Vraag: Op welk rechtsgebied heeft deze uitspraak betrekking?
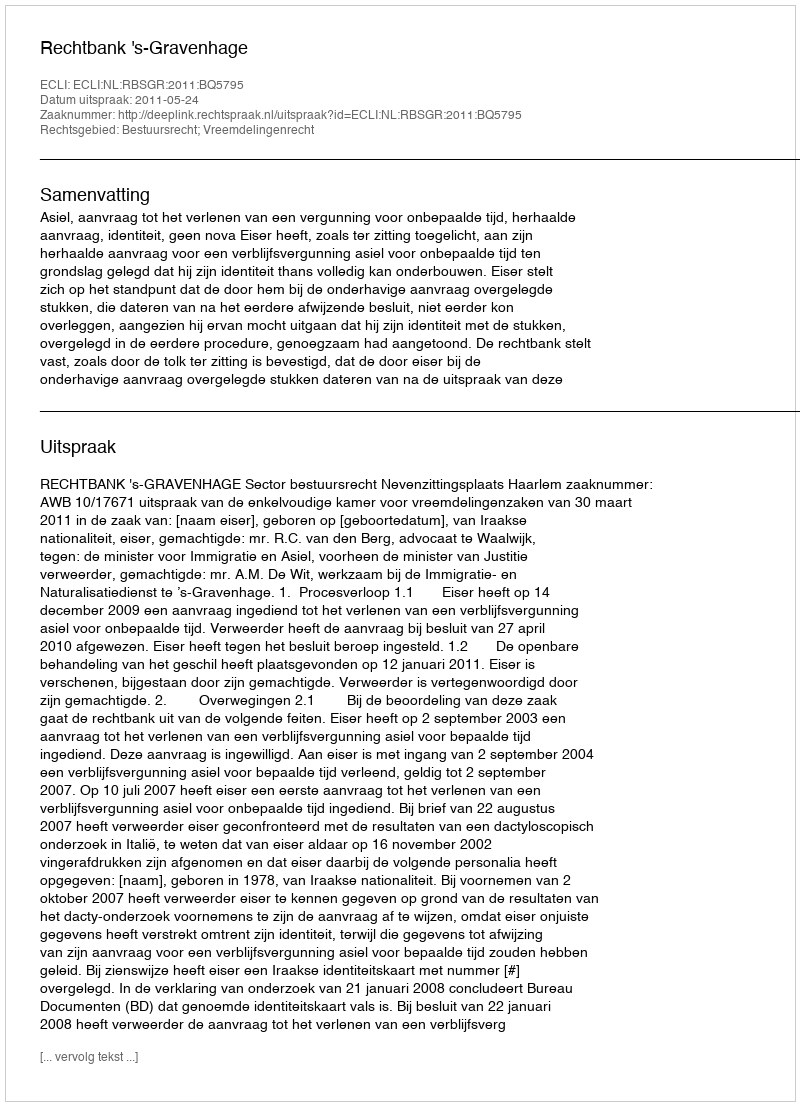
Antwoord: Bestuursrecht; Vreemdelingenrecht